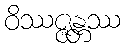
ဝိဿဇ္ဇန္တဿ